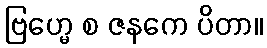
ဗြဟ္မေ စ ဇနကေ ပိတာ။